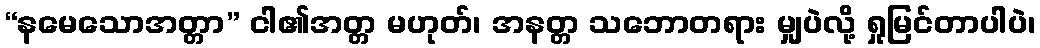
“နမေသောအတ္တာ” ငါ၏အတ္တ မဟုတ်၊ အနတ္တ သဘောတရား မျှပဲလို့ ရှုမြင်တာပါပဲ၊